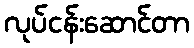
လုပ်ငန်းဆောင်တာ